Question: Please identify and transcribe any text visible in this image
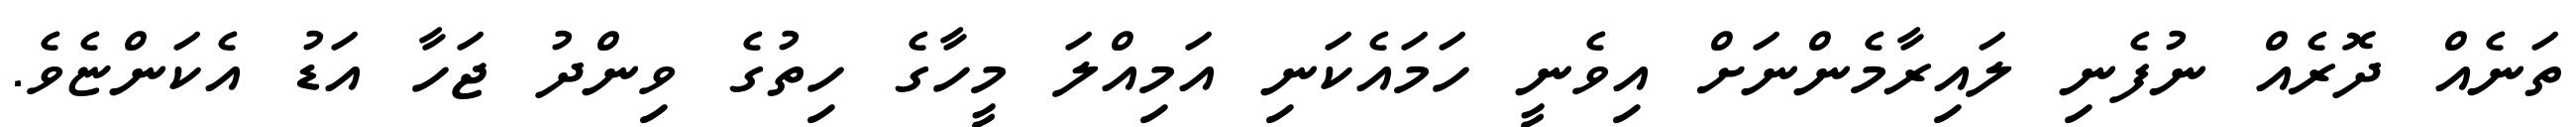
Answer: ތަނެއް ދޮރެއް ނުފެނި ލައިރާމެންނަށް އިވެނީ ހަމައެކަނި އަމިއްލަ މީހާގެ ހިތުގެ ވިންދު ޖަހާ އަޑު އެކަންޏެވެ.